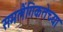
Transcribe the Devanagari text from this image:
समलैंगिकतेच्या